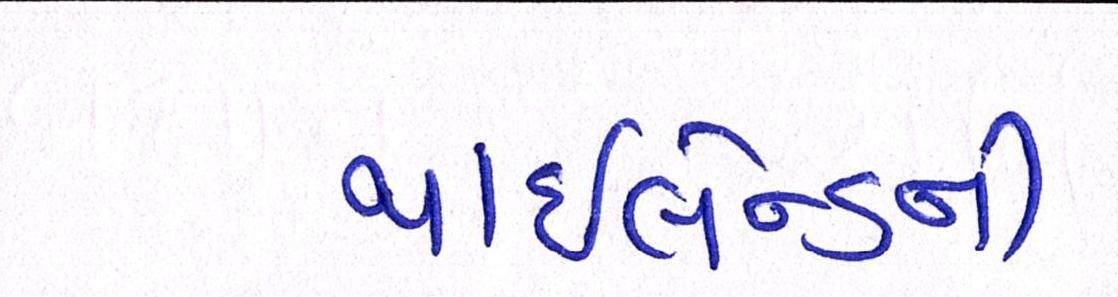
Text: થાઇલેન્ડની